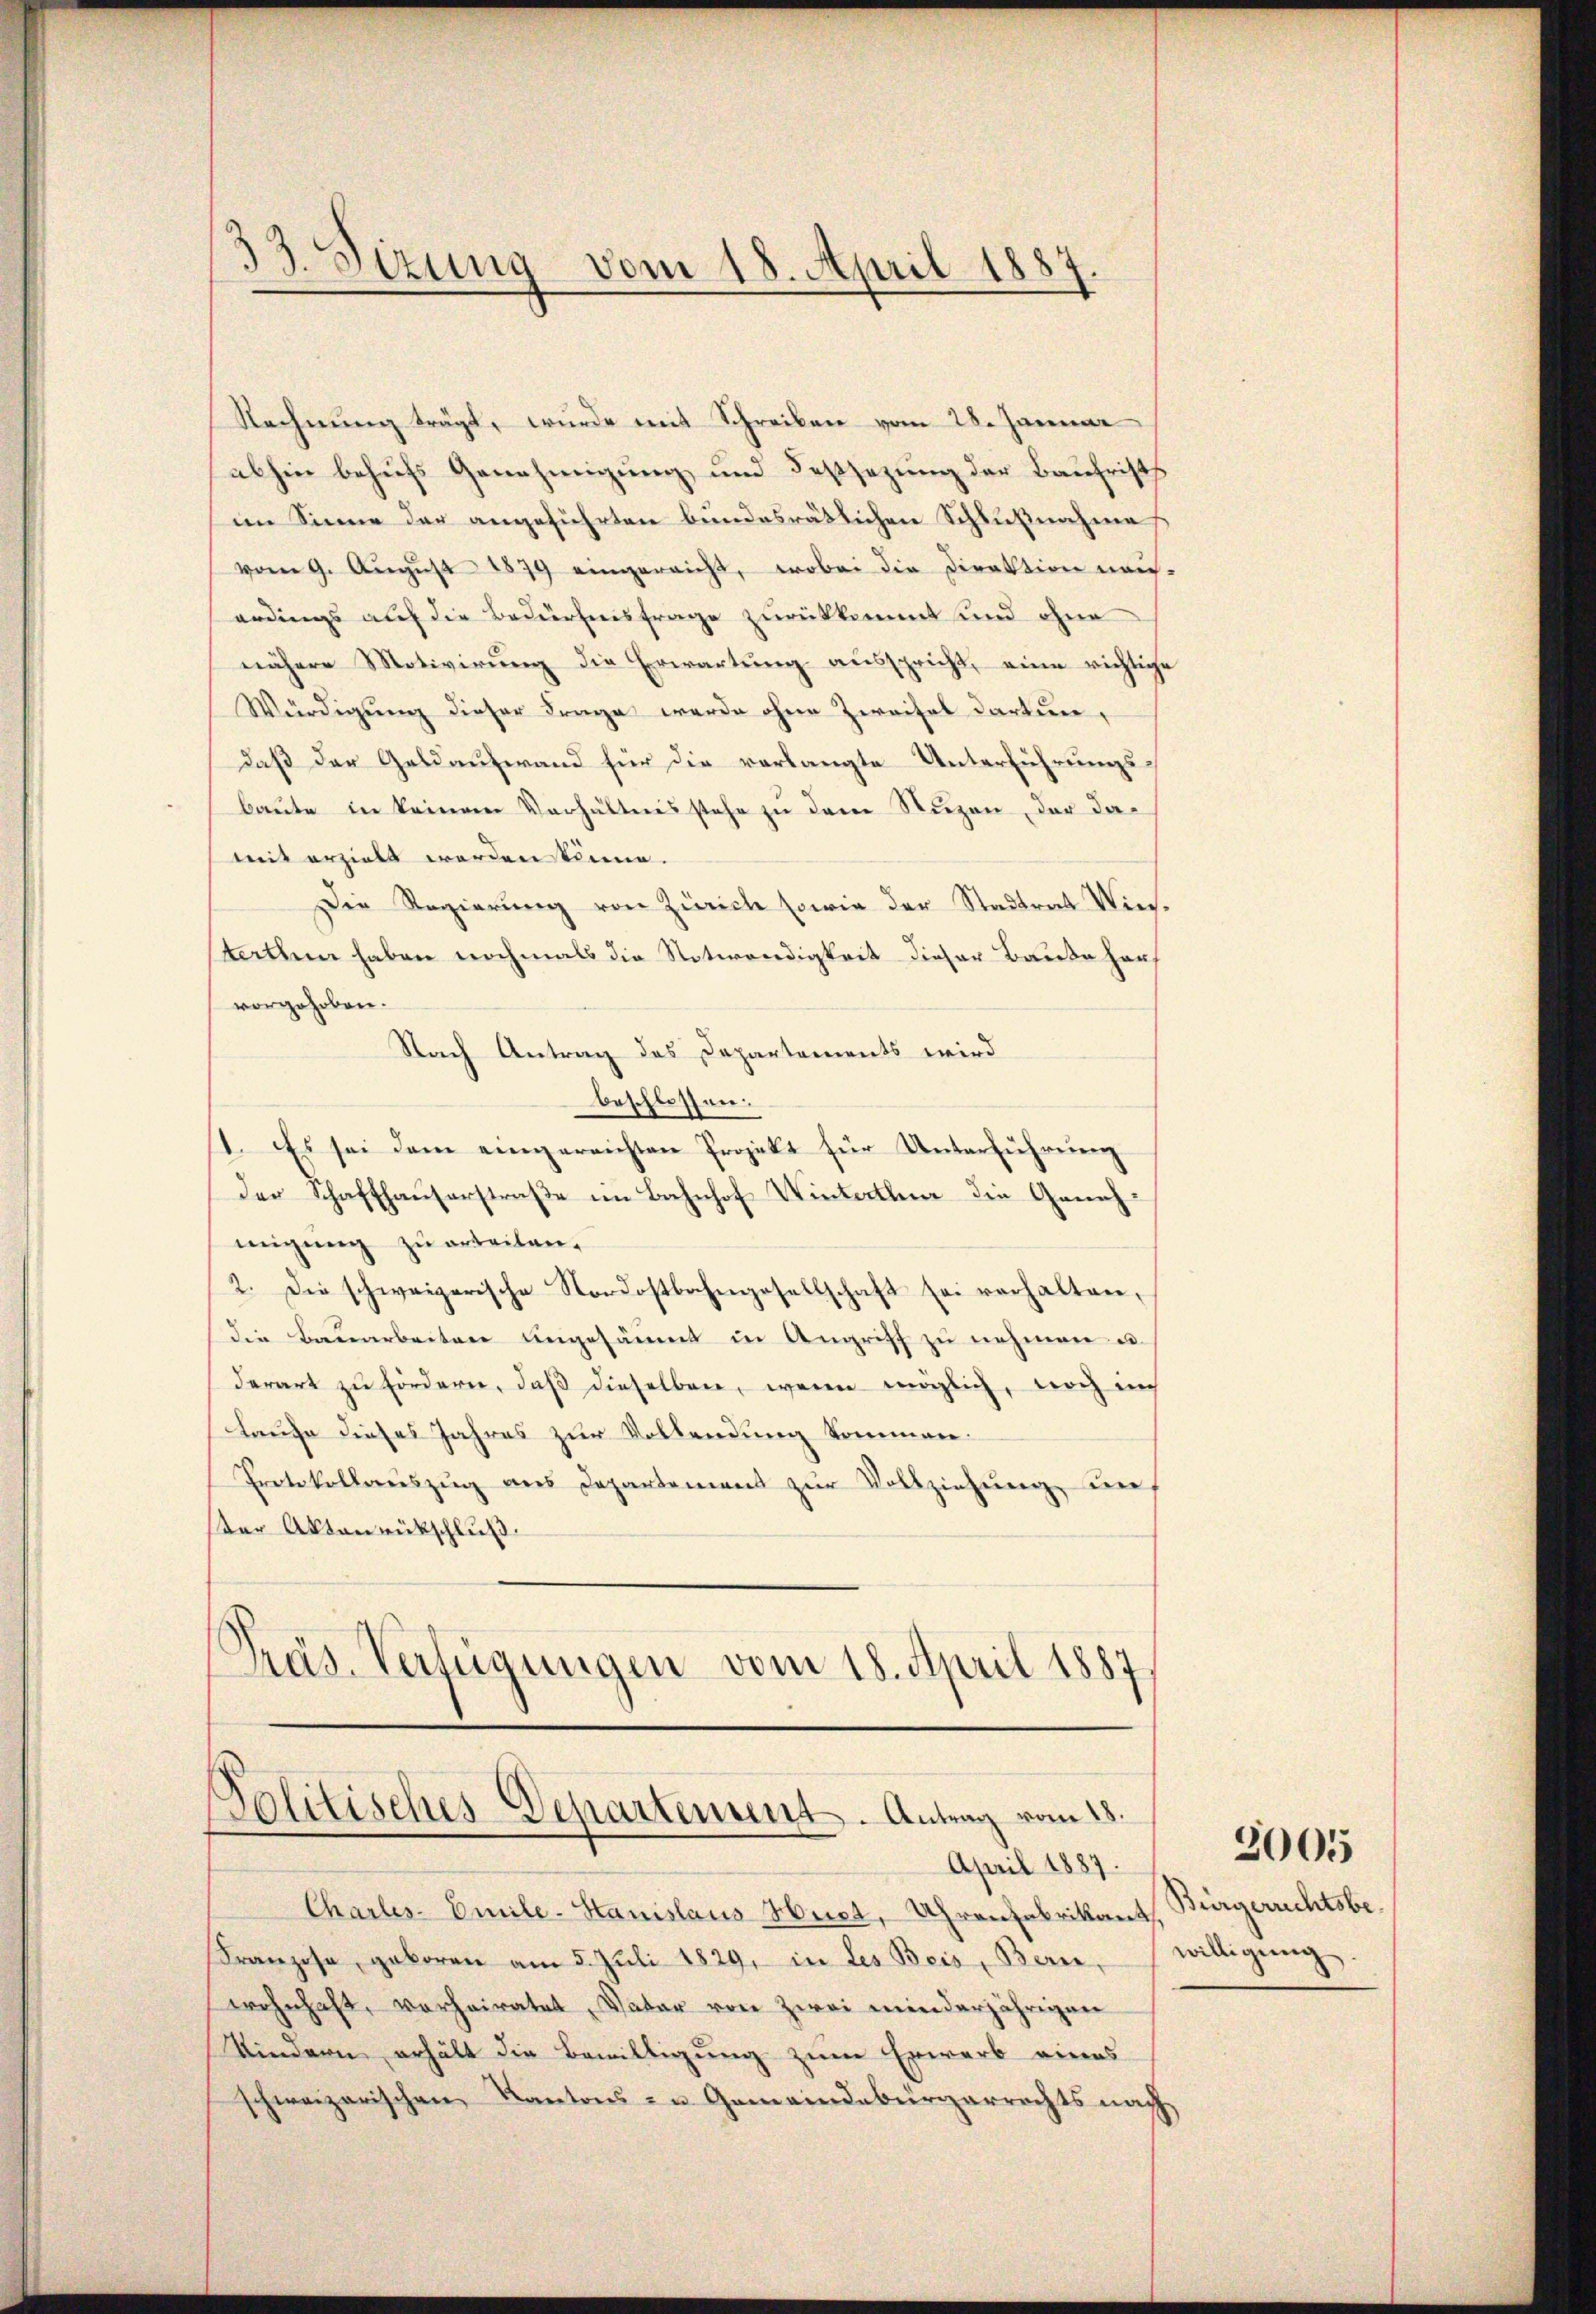
33. Sizung vom 18. April 1887

Rechnung trägt, wurde mit Schreiben vom 28. Januar
abhin behufs Genehmigung und Festsezung der Baufrists
im Sinne der angeführten bundesrätlichen Schlußnahme
vom 9. Aŭgŭst 1879 eingereicht, wobei die Direktion neu-
erdings auf die Bedürfnisfrage zurückkommt und ohne
nähere Motivirung die Erwartung ausspricht, eine richtige
Würdigung dieser Frage werde ohne Zweifel dartun,
daß der Geldaufwand für die verlangte Unterführungsbaute in keinem Verhältnis stehe zu dem Stuzen, der damit erzielt werden könne.
Die Regierung von Zürich sowie der Stadtrat Wiesstatten haben nochmals die Notwendigkeit dieser Baute hers
vorgehoben.
Nach Antrag des Departements wird
beschlossen.
1. Es sei dem eingereichten Projekt für Unterführung
der Schaffhauserstraße im Bahnhof Winterthun die Genehmigung zu erteilen.
2. Die schweizerische Nordostbahngesellschaft sei verhalten,
die Bauarbeiten ungesäumt in Angriff zu nehmen u.
derart zu fördern, daß dieselben, wenn möglich, noch auch
Laufe dieses Jahres zur Vollendung kommen.
Protokollenszŭg ans Departement zŭr Vollziehung un
ter Aktenrückschluß.
Präs. Verfügungen vom 18. April 1887

Solitisches Departement. Antrag vom 18.
April 1887.

Charles-Emile-Hanislaus Hust, Uhrenfabrikant, Bürgerrichtsbe
Franzose, geboren am 5. Jŭli 1829, in des Beis, Bern, willigŭng.
wohnhaft, vorheiratet, Vater von zwei minderjährigen
Kindern erhält die Bewilligung zum Erwarb eines
schweizerischen Kantons- u. Gemeindebürgerrechts nach

3005